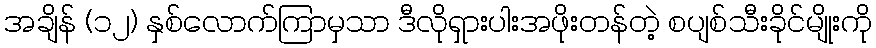
အချိန် (၁၂) နှစ်လောက်ကြာမှသာ ဒီလိုရှားပါးအဖိုးတန်တဲ့ စပျစ်သီးခိုင်မျိုးကို